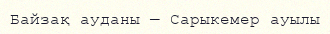
Байзақ ауданы — Сарыкемер ауылы